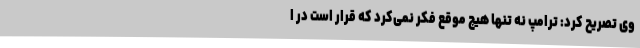
وی تصریح کرد: ترامپ نه تنها هیچ موقع فکر نمی‌کرد که قرار است در ا